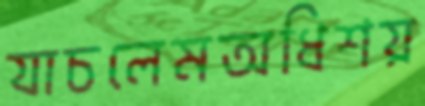
যাচলেমঅধিশয়